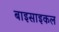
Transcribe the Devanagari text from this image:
बाइसाइकल